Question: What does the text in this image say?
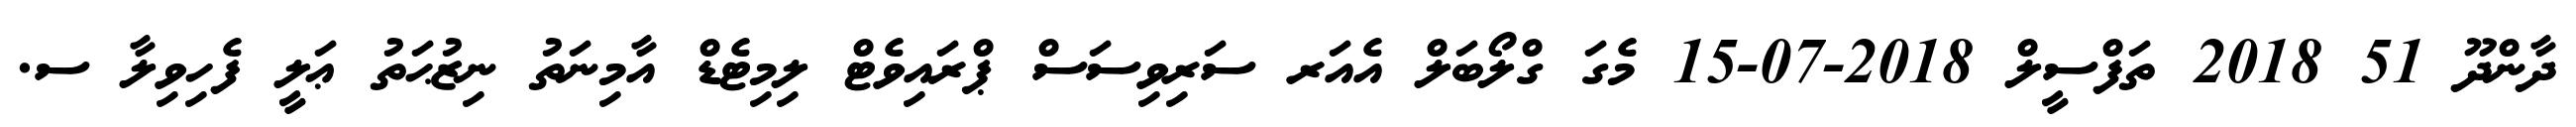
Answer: ދާންދޫ 51 2018 ތަފްސީލް 2018-07-15 މެގަ ގްލޯބަލް އެއަރ ސަރިވިސަސް ޕްރައިވެޓް ލިމިޓެޑް އާމިނަތު ނިޒުޙަތު ޢަލީ ފެހިވިލާ ސ.